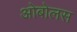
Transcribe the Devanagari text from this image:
ओबोलस